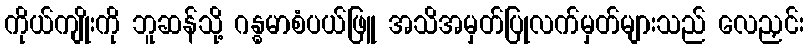
ကိုယ်ကျိုးကို ဘူဆန်သို့ ဂန္ဓမာစံပယ်ဖြူ အသိအမှတ်ပြုလက်မှတ်များသည် လေညှင်း